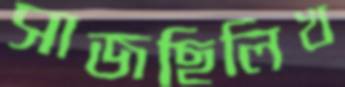
সাজছিলিখ